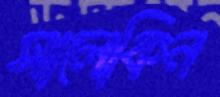
সালেকিন